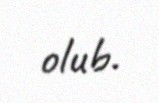
olub.